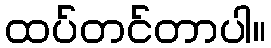
ထပ်တင်တာပါ။